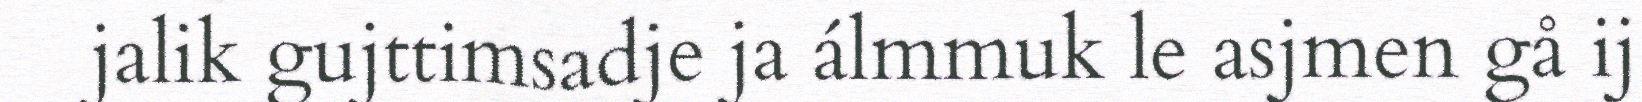
jalik gujttimsadje ja álmmuk le asjmen gå ij